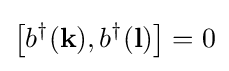
\left[b^{\dagger }(\mathbf {k} ),b^{\dagger }(\mathbf {l} )\right]=0